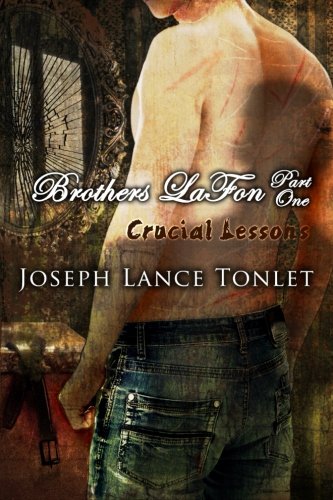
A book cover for Brothers LaFon, Part One: Crucial Lessons (Volume 1); Joseph Lance Tonlet; Romance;